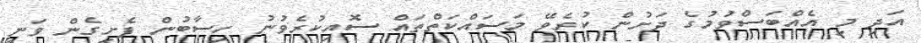
އަދި މި އެއްބަސްވުމުގެ ދަށުން ކުރެވޭ މަސައްކަތްތައް ސޮއިކުރެވުނު ހިސާބުން ފެށިގެން ވަނީ